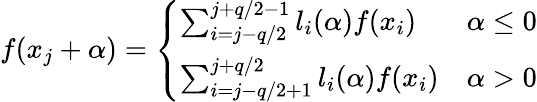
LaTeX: \begin{array}{r}{f(x_{j}+\alpha)=\left\{ \begin{array}{ll}{\sum_{i=j-q/2}^{j+q/2-1}l_{i}(\alpha)f(x_{i})}&{\alpha\leq 0}\\ {\sum_{i=j-q/2+1}^{j+q/2}l_{i}(\alpha)f(x_{i})}&{\alpha>0}\end{array}\right.}\end{array}